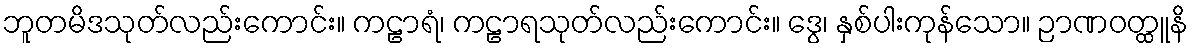
ဘူတမိဒသုတ်လည်းကောင်း။ ကဠာရံ၊ ကဠာရသုတ်လည်းကောင်း။ ဒွေ၊ နှစ်ပါးကုန်သော။ ဉာဏဝတ္ထူနိ